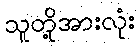
သူတို့အားလုံး